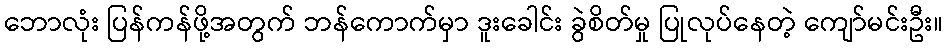
ဘောလုံး ပြန်ကန်ဖို့အတွက် ဘန်ကောက်မှာ ဒူးခေါင်း ခွဲစိတ်မှု ပြုလုပ်နေတဲ့ ကျော်မင်းဦး။